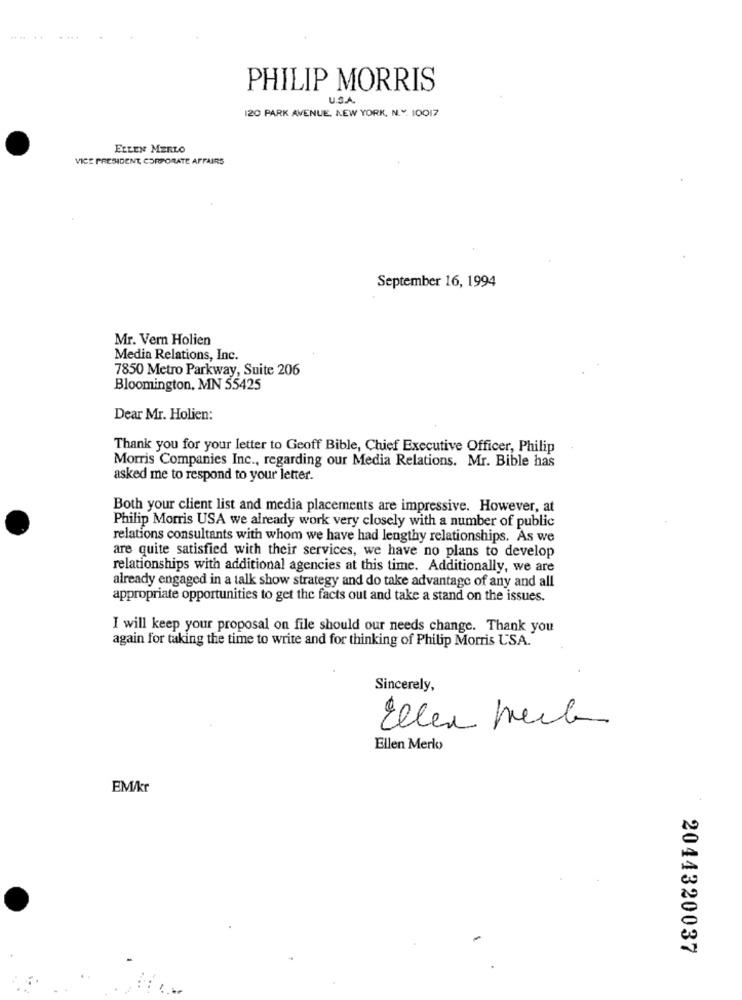
PHILIP MORRIS
U.S.A.
120 PARK AVENUE, NEW YORK, N.Y. 10017
ELLEN MERLO
VICE PRESIDENT, CORPORATE AFFAIRS
September 16, 1994
Mr. Vern Holien
Media Relations, Inc.
7850 Metro Parkway, Suite 206
Bloomington, MN 55425
Dear Mr. Holien:
Thank you for your letter to Geoff Bible, Chief Executive Officer, Philip
Morris Companies Inc ., regarding our Media Relations. Mr. Bible has
asked me to respond to your letter.
Both your client list and media placements are impressive. However, at
Philip Morris USA we already work very closely with a number of public
relations consultants with whom we have had lengthy relationships. As we
are quite satisfied with their services, we have no plans to develop
relationships with additional agencies at this time. Additionally, we are
already engaged in a talk show strategy and do take advantage of any and all
appropriate opportunities to get the facts out and take a stand on the issues.
I will keep your proposal on file should our needs change. Thank you
again for taking the time to write and for thinking of Philip Morris USA.
Sincerely,
Eller week
Ellen Merlo
EM/kr
2044320037